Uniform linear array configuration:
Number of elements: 48
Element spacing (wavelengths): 0.75
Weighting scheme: uniform
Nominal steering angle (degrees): -30
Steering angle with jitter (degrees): -29.566
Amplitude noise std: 0.05
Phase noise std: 0.05

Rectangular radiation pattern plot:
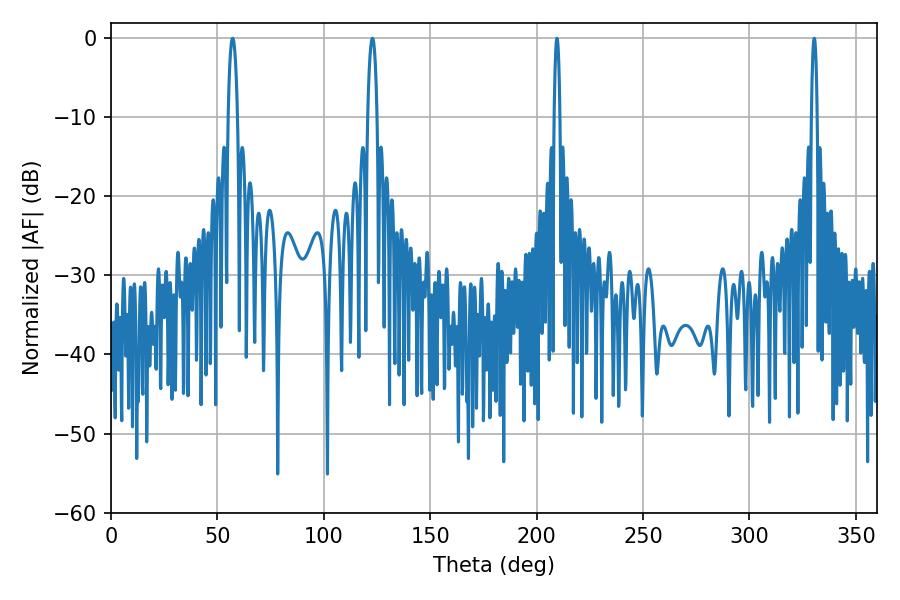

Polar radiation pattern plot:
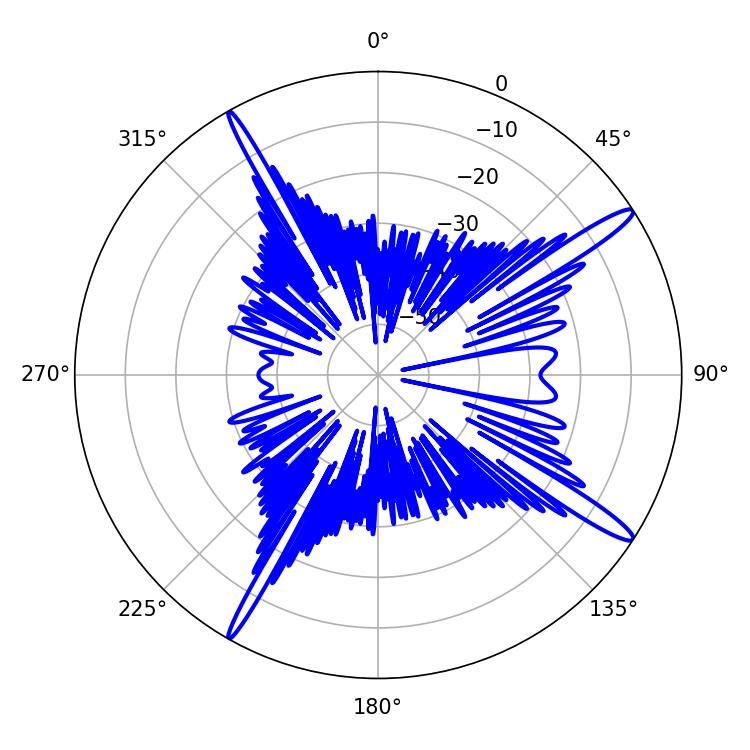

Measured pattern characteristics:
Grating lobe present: TRUE
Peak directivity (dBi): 15.628
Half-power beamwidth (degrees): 1.44
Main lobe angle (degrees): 209.52